Loodushoiu_ja_Turismi_Instituut, lk 13
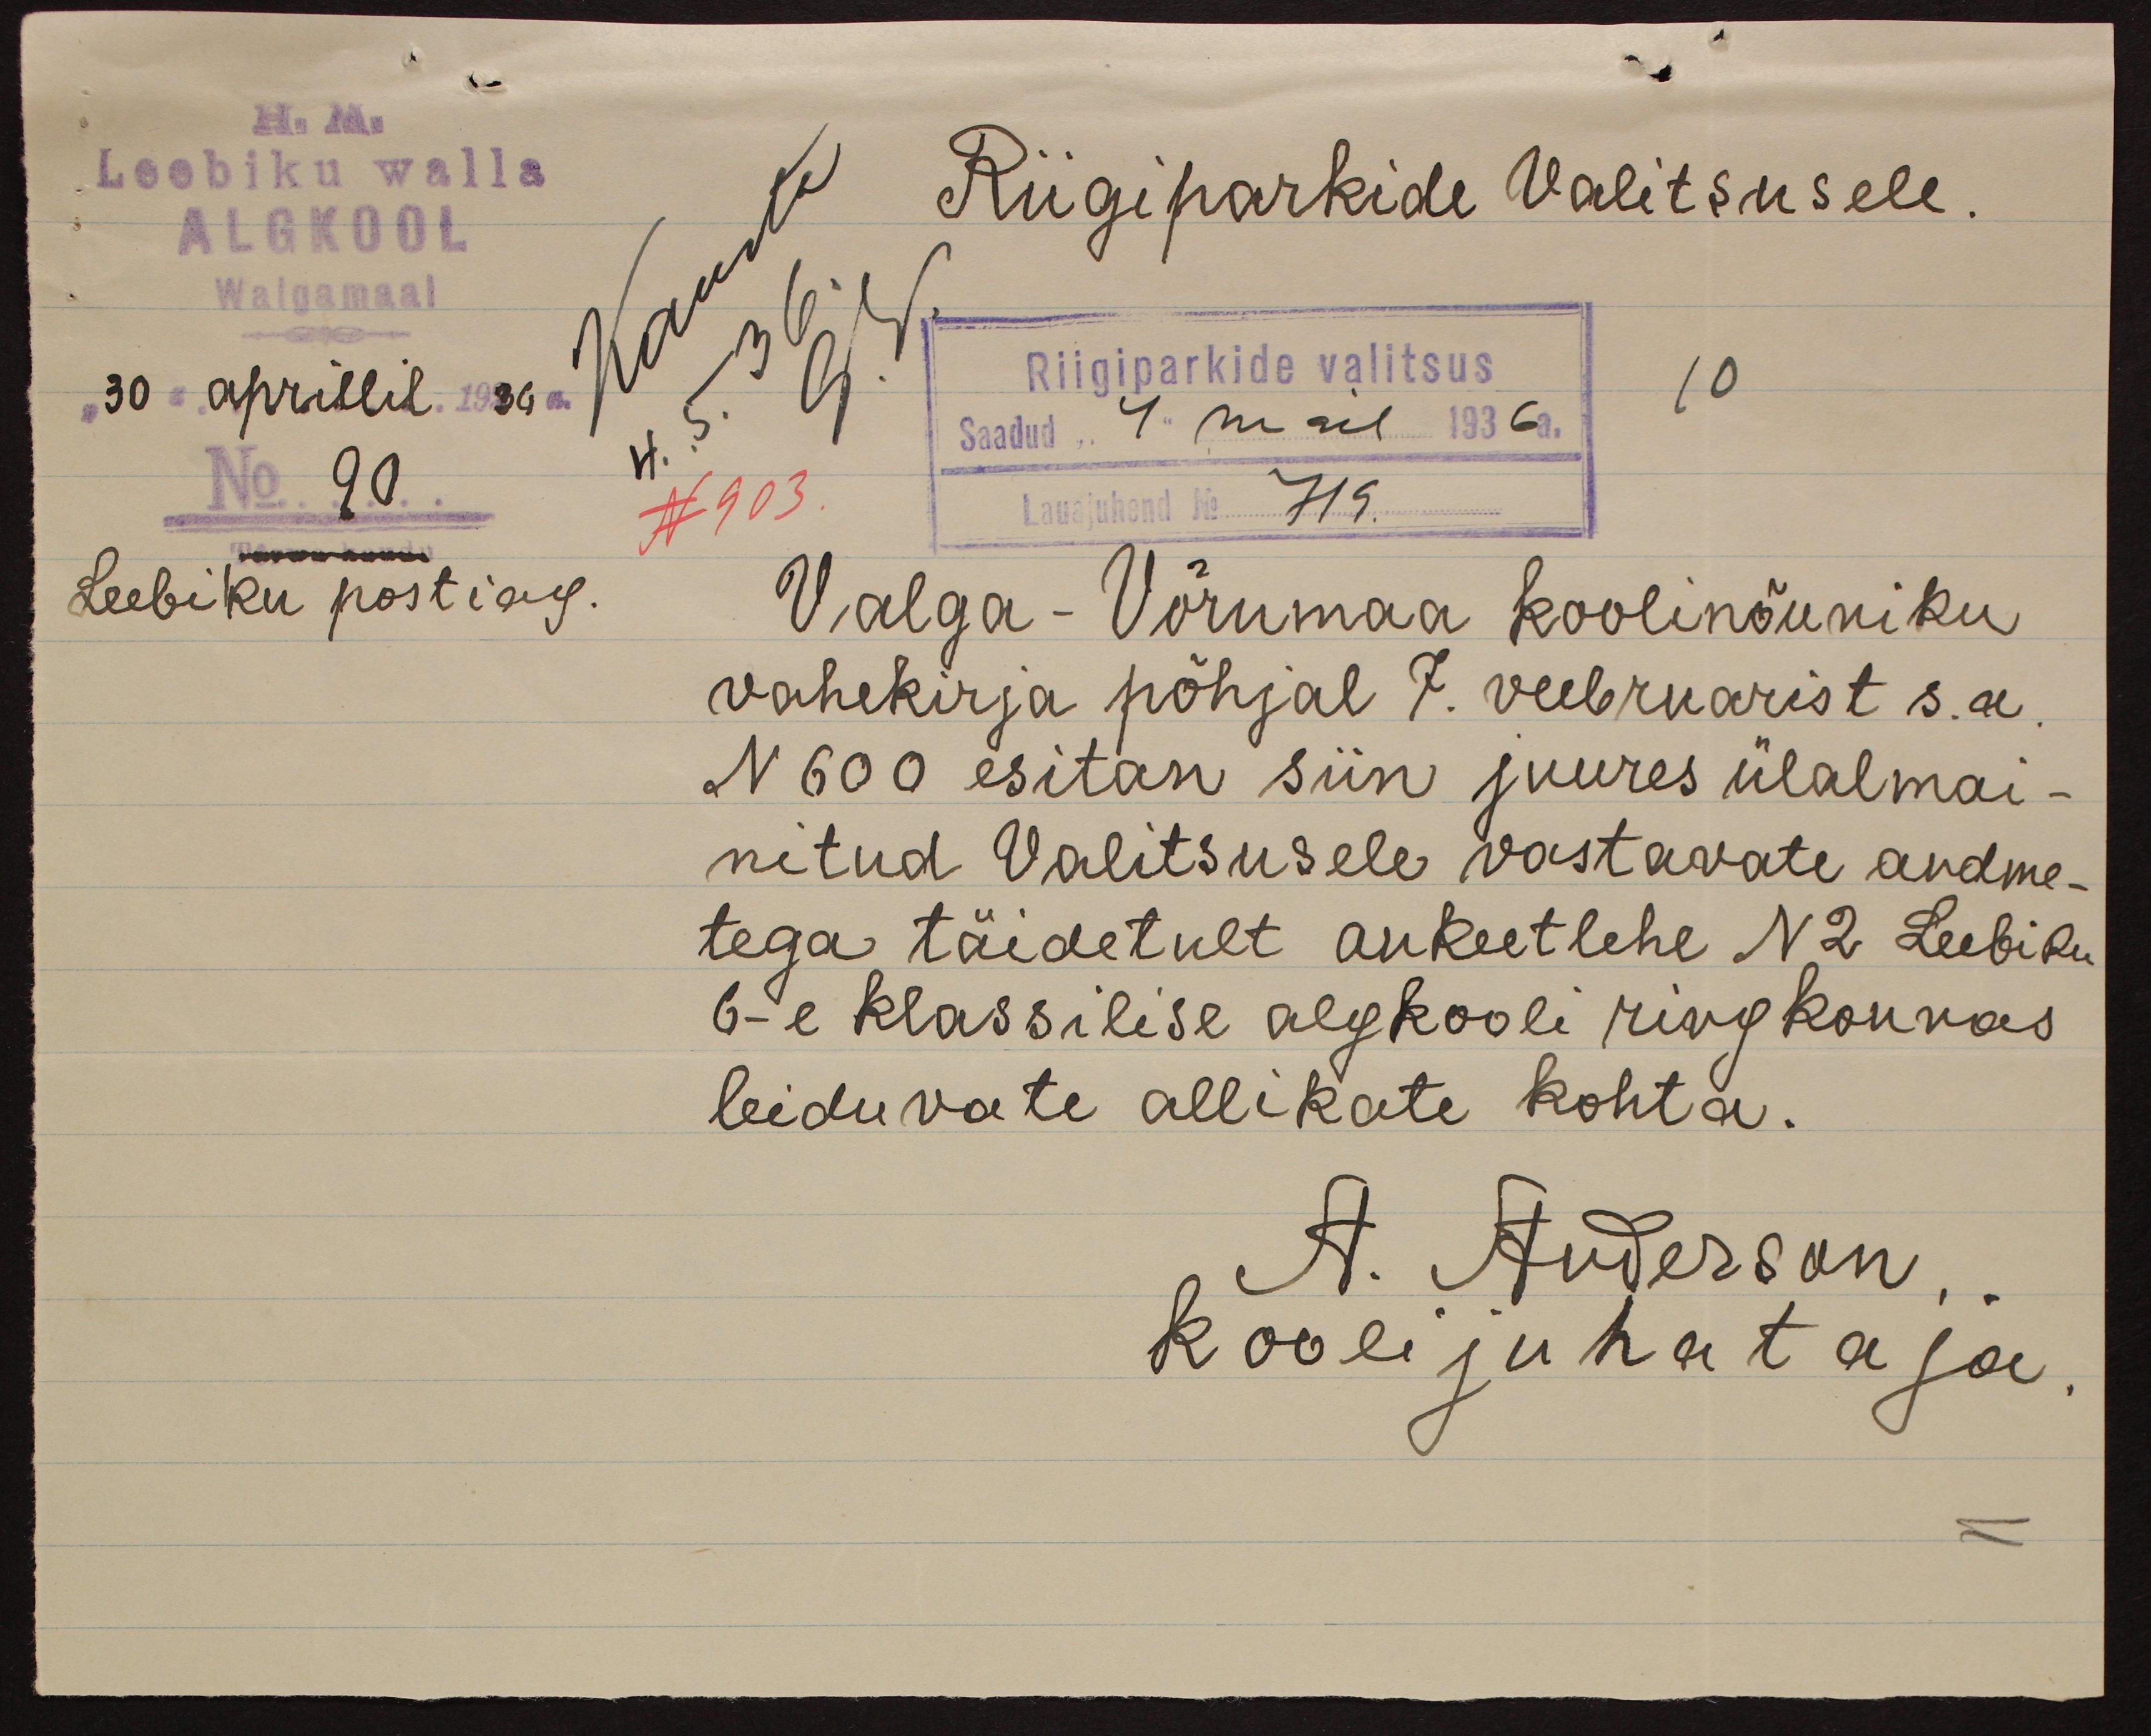
H. M.
Leebiku walla
ALGKOOL
Riigiparkide Valitsusele.
Walgamaal
30 aprillil 1936
Riigiparkide valitsus
10
Saadud "4" mail 1936 a.
No 90
N 903
Lauajuhend No 719.
Leebiku postiag.
Valga-Võrumaa koolinõuniku
vahekirja põhjal 7. veebruarist s.a.
N 600 esitan siin juures ülalmai-
nitud Valitsusele vastavate andme-
tega täidetult ankeetlehe N 2 Leebiku
6-e klassilise algkooli ringkonnas
leiduvate allikate kohta.
A. Anderson,
Kooli juhataja.